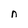
Character: n